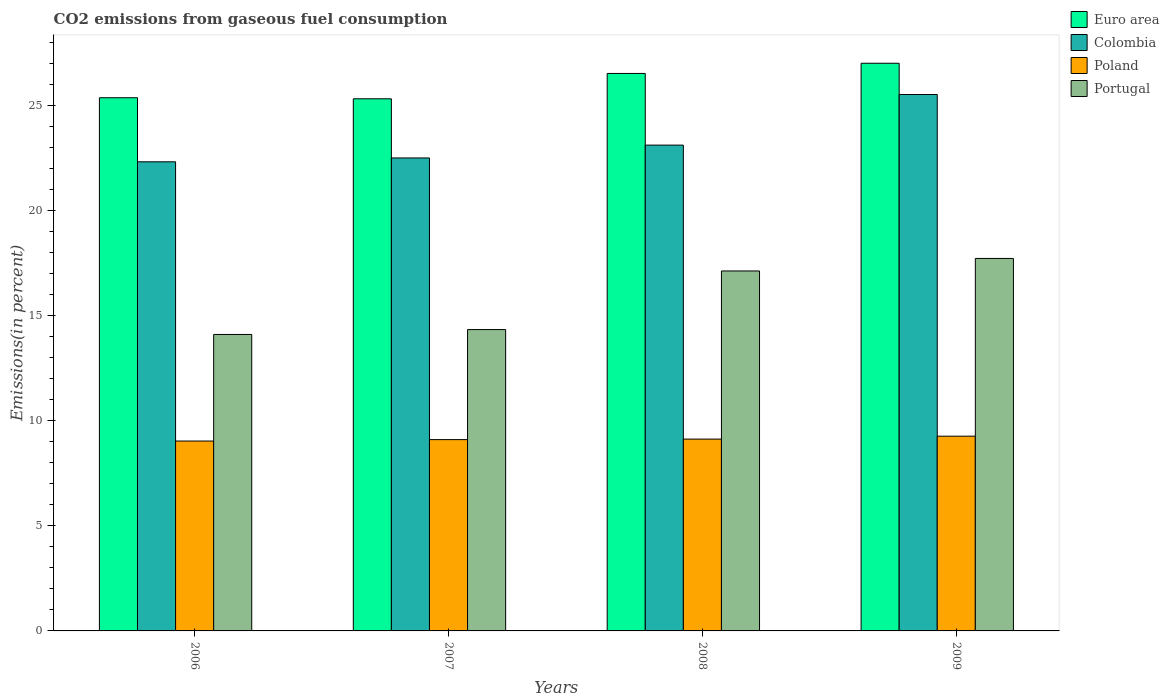
| Years | Euro area | Colombia | Poland | Portugal |
 | --- | --- | --- | --- | --- |
 | 2006 | 25.4 | 22.3 | 9.03 | 14.1 |
 | 2007 | 25.3 | 22.5 | 9.1 | 14.3 |
 | 2008 | 26.5 | 23.1 | 9.12 | 17.1 |
 | 2009 | 27 | 25.5 | 9.26 | 17.7 |